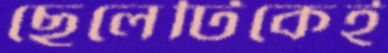
ছেলেটিকেই